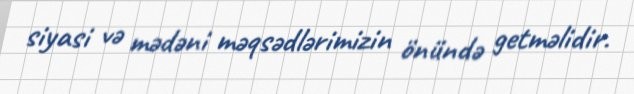
siyasi və mədəni məqsədlərimizin önündə getməlidir.